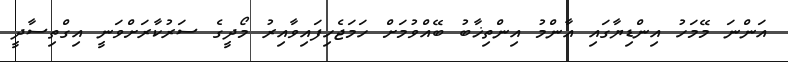
އަންނަ މޭމަހު އިންޑިޔާގައި އާންމު އިންތިޚާބު ބޭއްވުމަށް ހަމަޖެހިފައިވާއިރު މޯދީގެ ސަރުކާރަށްވަނީ އިގްތިސާދީ